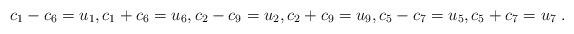
LaTeX: \begin{align*}c_{1}-c_{6} = u_{1}, c_{1}+c_{6} = u_{6}, c_{2}-c_{9} = u_{2}, c_{2}+c_{9} =u_{9}, c_{5}-c_{7} = u_{5}, c_{5}+c_{7} = u_{7}\;. \end{align*}